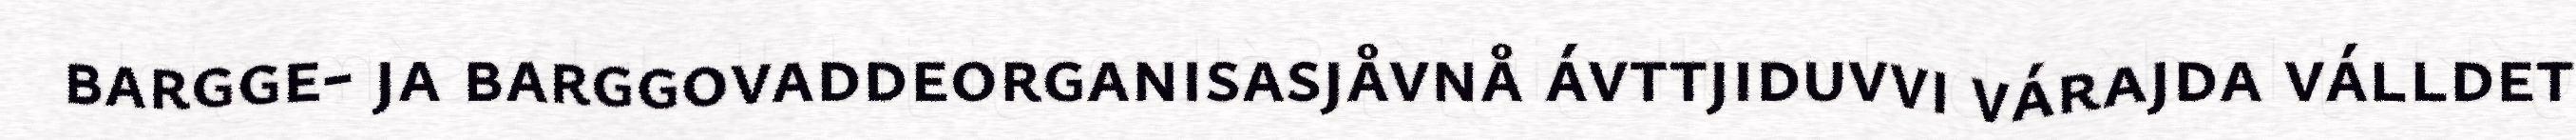
bargge- ja barggovaddeorganisasjåvnå ávttjiduvvi várajda válldet